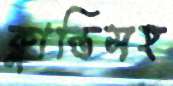
ক্লান্তিসহ